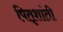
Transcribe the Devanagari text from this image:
पितृशांती